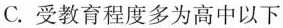
C.受教育程度多为高中以下